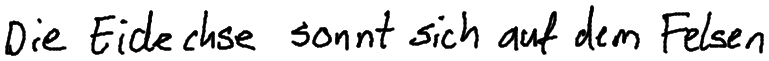
Die Eidechse sonnt sich auf dem Felsen.